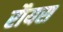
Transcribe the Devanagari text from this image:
रौयस